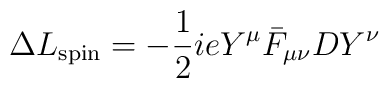
\Delta L_{\rm spin} = -{1\over 2}ieY^{\mu}\bar F_{\mu\nu}DY^{\nu}\\